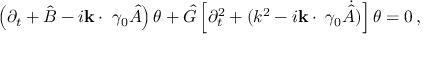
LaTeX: \left( \partial _ { t } + { \hat { B } } - i { \bf k \cdot \gamma } \gamma _ { 0 } { \hat { A } } \right) \theta + { \hat { G } } \left[ \partial _ { t } ^ { 2 } + ( k ^ { 2 } - i { \bf k \cdot \gamma } \gamma _ { 0 } \dot { \hat { A } } ) \right] \theta = 0 \, ,